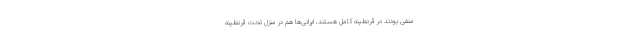
منفی بودند در قرنطینه کامل هستند، ایرانی‌ها هم در منزل تحت قرنطینه